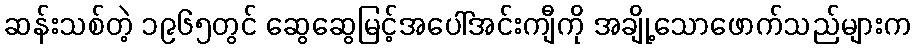
ဆန်းသစ်တဲ့ ၁၉၆၅တွင် ဆွေဆွေမြင့်အပေါ်အင်းကျီကို အချို့သောဖောက်သည်များက